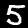
Digit: 5